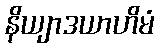
နိယျာဒယာဟိမံ